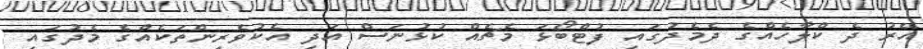
އޭރު ދެ ކްލާހެއްގެ ދެމެދުގައި ފުޓްބޯޅަ މެޗެއް ކުޅުނަސް އަދި އެކުވެރިންތަކެއްގެ މެދުގައި